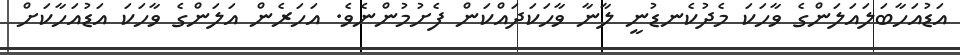
އަޑުއަހާބަލައަލަންގެ ވާހަކަ މެދުކެނޑުނީ ލާނާ ވާހަކަދައްކަން ފެށުމުންނެވެ. އަހަރެން އަލަންގެ ވާހަކަ އަޑުއަހާކަށް